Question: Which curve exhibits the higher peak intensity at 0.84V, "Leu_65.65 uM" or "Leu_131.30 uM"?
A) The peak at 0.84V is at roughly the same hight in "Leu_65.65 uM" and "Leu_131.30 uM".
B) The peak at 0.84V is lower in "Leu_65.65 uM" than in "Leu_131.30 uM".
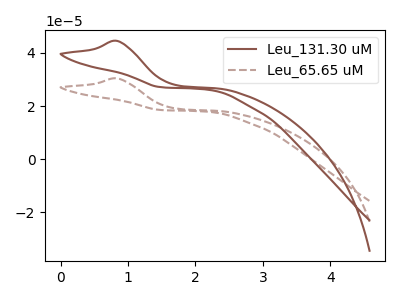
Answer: <think>The brown curve "Leu_131.30 uM" has an anodic peak at: (0.85V, 44.55uA). The brown dashed curve "Leu_65.65 uM" has an anodic peak at: (0.85V, 30.45uA).</think>
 <answer>B) The peak at 0.84V is lower in "Leu_65.65 uM" than in "Leu_131.30 uM".</answer>
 <eval>B</eval>